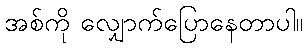
အစ်ကို လျှောက်ပြောနေတာပါ။